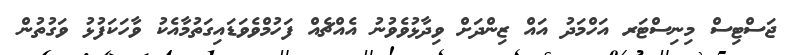
ޖަސްޓިސް މިނިސްޓަރ އަހްމަދު އައް ޒިންދަށް ވިދާޅުވެވުނު އެއްޗެއް ފަހުމްވެވަޑައިގަތުމާއެކު ވާހަކަފުޅު ވަގުތުން